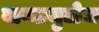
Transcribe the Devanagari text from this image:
वाऱ्यामुळेच